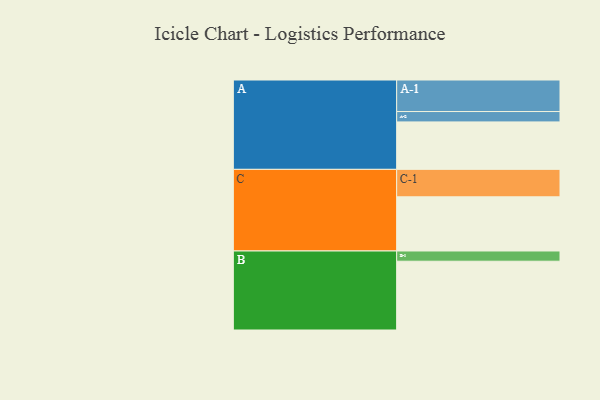
{"axis": {"x": "Segment", "y": "Value"}, "legend": ["", "A", "B", "C"], "data": [{"x": "A", "y": 325, "type": ""}, {"x": "B", "y": 471, "type": ""}, {"x": "C", "y": 371, "type": ""}, {"x": "A-1", "y": 216, "type": "A"}, {"x": "A-2", "y": 71, "type": "A"}, {"x": "B-1", "y": 70, "type": "B"}, {"x": "C-1", "y": 188, "type": "C"}]}